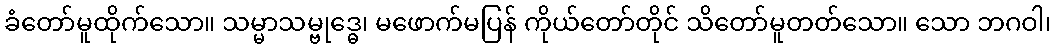
ခံတော်မူထိုက်သော။ သမ္မာသမ္ဗုဒ္ဓေ၊ မဖောက်မပြန် ကိုယ်တော်တိုင် သိတော်မူတတ်သော။ သော ဘဂဝါ၊